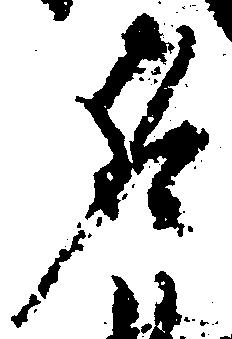
名